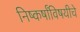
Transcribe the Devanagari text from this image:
निष्कर्षांविषयीचे